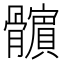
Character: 𩪯